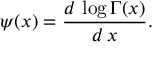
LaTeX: \psi ( x ) = \frac { d \, \log \Gamma ( x ) } { d \, x } .